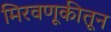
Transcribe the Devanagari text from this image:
मिरवणूकीतून